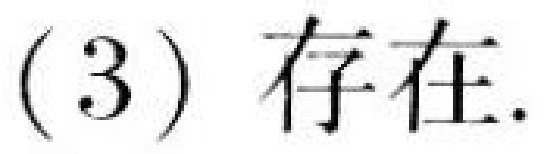
(3) 存在.